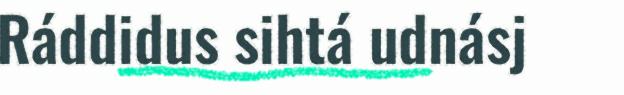
Ráddidus sihtá udnásj